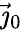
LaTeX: {\vec{\jmath}}_{0}